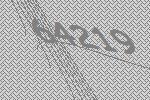
64219